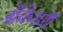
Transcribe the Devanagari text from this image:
सेंकेडरी